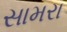
સામરા